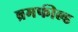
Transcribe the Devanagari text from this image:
ब्रमफील्ड